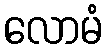
လောမံ